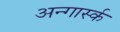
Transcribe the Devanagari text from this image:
अन्गार्स्क